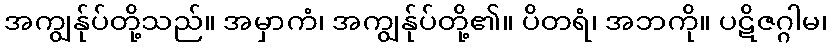
အကျွန်ုပ်တို့သည်။ အမှာကံ၊ အကျွန်ုပ်တို့၏။ ပိတရံ၊ အဘကို။ ပဋိဇဂ္ဂါမ၊